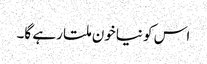
اس کو نیاخون ملتا رہے گا۔